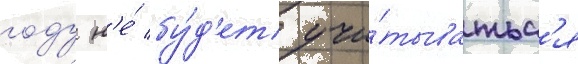
году н'е́ бу́д'ет учи́тыватьс'я